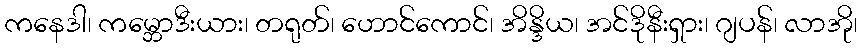
ကနေဒါ၊ ကမ္ဘောဒီးယား၊ တရုတ်၊ ဟောင်ကောင်၊ အိန္ဒိယ၊ အင်ဒိုနီးရှား၊ ဂျပန်၊ လာအို၊